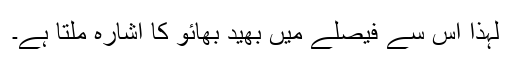
لہٰذا اس سے فیصلے میں بھید بھائو کا اشارہ ملتا ہے۔